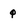
Character: q